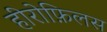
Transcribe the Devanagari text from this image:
हीरोफ़िलस